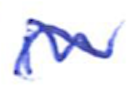
Text: in
Cross-out: mix
Writing tool: ballpoint